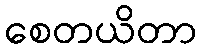
စေတယိတာ